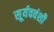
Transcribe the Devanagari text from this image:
सूर्यववंशी